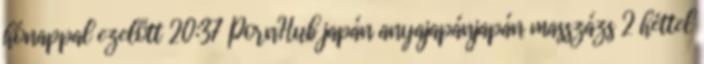
hónappal ezelőtt 20:37 PornHub japán anyajapánjapán masszázs 2 héttel